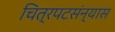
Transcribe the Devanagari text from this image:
चित्रपटसंन्यास